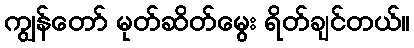
ကျွန်တော် မုတ်ဆိတ်မွေး ရိတ်ချင်တယ်။